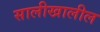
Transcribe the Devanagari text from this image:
सालीखालील